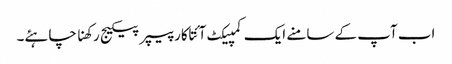
اب آپ کے سامنے ایک کمپیکٹ آئتاکار پیپر پیکیج رکھنا چاہئے۔